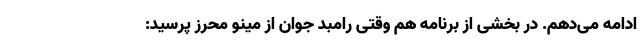
ادامه می‌دهم. در بخشی از برنامه هم وقتی رامبد جوان از مینو محرز پرسید: